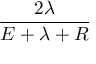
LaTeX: \frac { 2 \lambda } { E + \lambda + R }